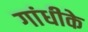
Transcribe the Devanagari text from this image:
गांधीके